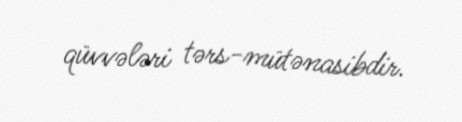
qüvvələri tərs-mütənasibdir.